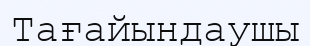
Тағайындаушы